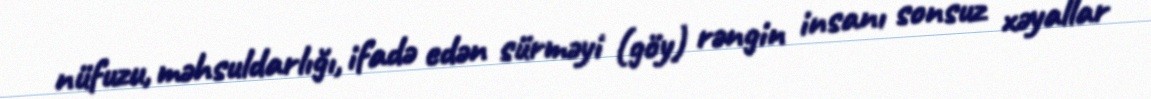
nüfuzu, məhsuldarlığı, ifadə edən sürməyi (göy) rəngin insanı sonsuz xəyallar